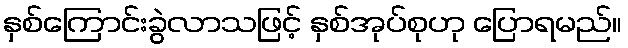
နှစ်ကြောင်းခွဲလာသဖြင့် နှစ်အုပ်စုဟု ပြောရမည်။